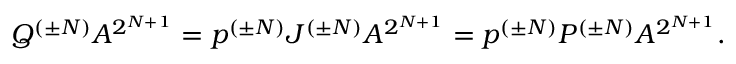
Q ^ { ( \pm N ) } A ^ { 2 ^ { N + 1 } } = p ^ { ( \pm N ) } { \cal J } ^ { ( \pm N ) } A ^ { 2 ^ { N + 1 } } = p ^ { ( \pm N ) } P ^ { ( \pm N ) } A ^ { 2 ^ { N + 1 } } .